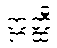
ဣတ္ထီ